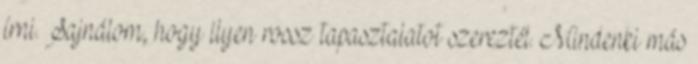
írni. Sajnálom, hogy ilyen rossz tapasztalatot szereztél. Mindenki más